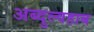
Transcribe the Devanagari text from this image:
अब्दुल्वहाब